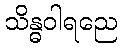
သိန္ဓဝါရညေ